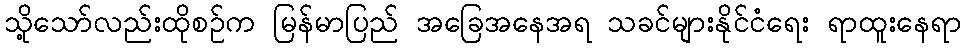
သို့သော်လည်းထိုစဉ်က မြန်မာပြည် အခြေအနေအရ သခင်များနိုင်ငံရေး ရာထူးနေရာ